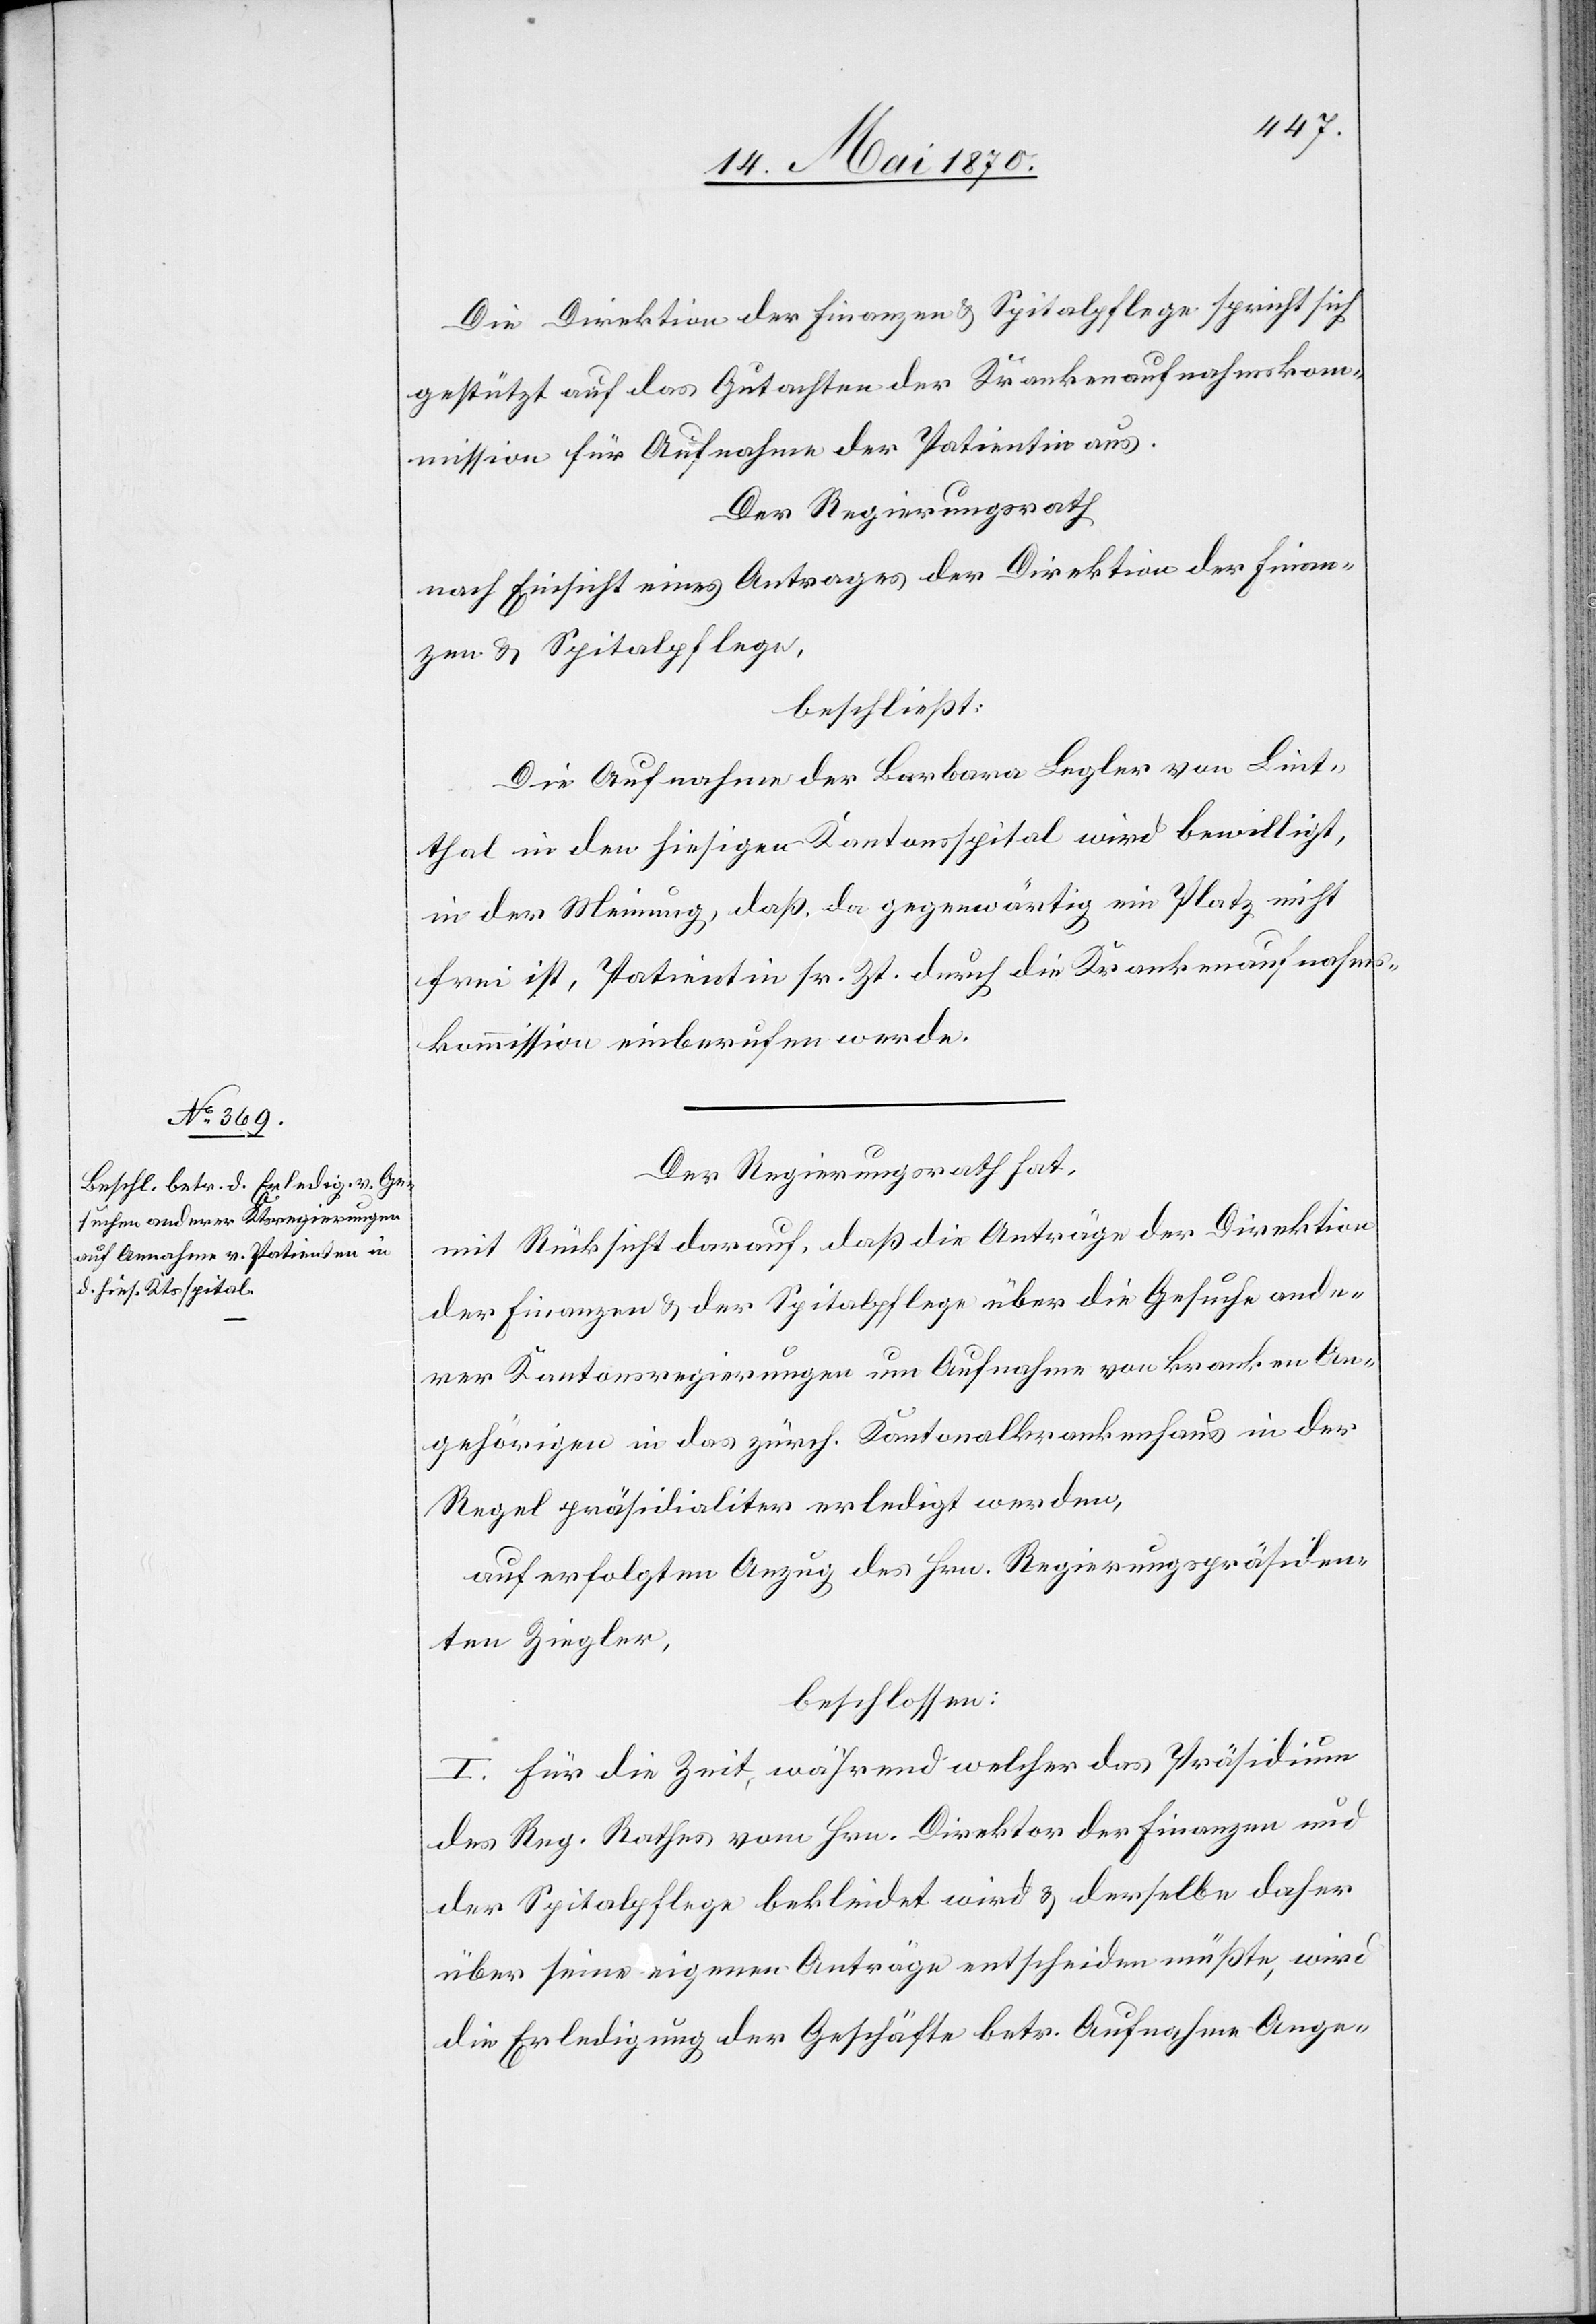
Die Direktion der Finanzen & Spitalpflege spricht sich
gestützt auf das Gutachten der Krankenaufnahmskom¬
mission für Aufnahme der Patientin aus.
Der Regierungsrath
nach Einsicht eines Antrages der Direktion der Finan¬
zen & Spitalpflege,
beschließt:
Die Aufnahme der Barbara Legler von Lint¬
thal in den hiesigen Kantonsspital wird bewilligt,
in der Meinung, daß, da gegenwärtig ein Platz nicht
frei ist, Patientin sr. Zt. durch die Krankenaufnahms¬
kommission einberufen werde.
Der Regierungsrath hat,
mit Rücksicht darauf, daß die Anträge der Direktion
der Finanzen & der Spitalpflege über die Gesuche ande¬
rer Kantonsregierungen um Aufnahme von kranken An¬
gehörigen in das zürch. Kantonalkrankenhaus in der
Regel präsidialiter erledigt werden,
auf erfolgtem Anzug des Hrn. Regierungspräsiden¬
ten Ziegler,
beschlossen:
I. Für die Zeit, während welcher das Präsidium
des Reg. Rathes vom Hrn. Direktor der Finanzen und
der Spitalpflege bekleidet wird & derselbe daher
über seine eigenen Anträge entscheiden müßte, wird
die Erledigung der Geschäfte betr. Aufnahme Ange-